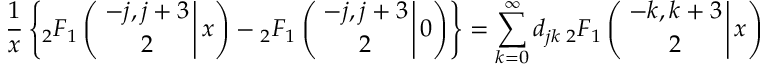
\frac { 1 } { x } \left\{ { _ 2 F _ { 1 } } \left( \left. { - j , j + 3 \atop 2 } \right| x \right) - { _ 2 F _ { 1 } } \left( \left. { - j , j + 3 \atop 2 } \right| 0 \right) \right\} = \sum _ { k = 0 } ^ { \infty } d _ { j k } \, { _ 2 F _ { 1 } } \left( \left. { - k , k + 3 \atop 2 } \right| x \right)